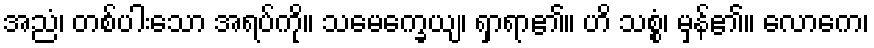
အညံ၊ တစ်ပါးသော အရပ်ကို။ သမေက္ခေယျ၊ ရှာရာ၏။ ဟိ သစ္စံ၊ မှန်၏။ လောကေ၊